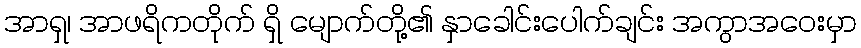
အာရှ၊ အာဖရိကတိုက် ရှိ မျောက်တို့၏ နှာခေါင်းပေါက်ချင်း အကွာအဝေးမှာ